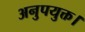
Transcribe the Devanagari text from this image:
अनुपयुक्त।